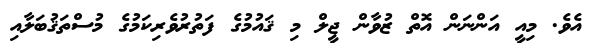
އެވެ. މިއީ އަންނަން އޮތް ޒުުވާން ޖީލް މި ޤައުމުގެ ފަތުރުވެރިކަމުގެ މުސްތަޤުބަލާއި